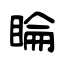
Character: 睔